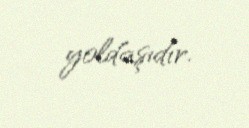
yoldaşıdır.